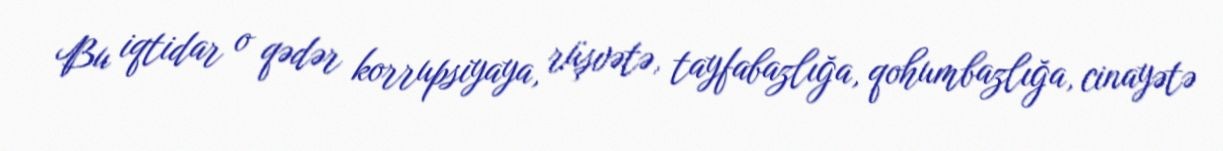
Bu iqtidar o qədər korrupsiyaya, rüşvətə, tayfabazlığa, qohumbazlığa, cinayətə